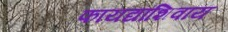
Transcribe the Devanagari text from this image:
फायद्यांशिवाय